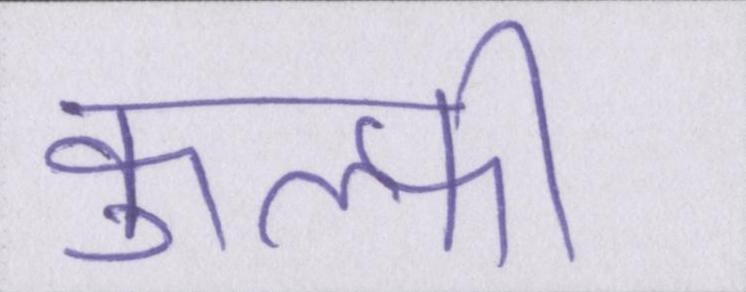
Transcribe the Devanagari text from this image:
कुल्फी